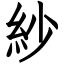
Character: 紗